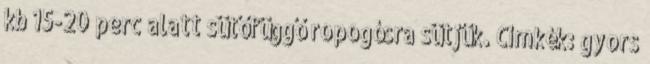
kb 15-20 perc alatt sütőfüggő ropogósra sütjük. Címkék: gyors